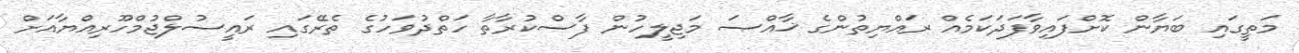
މަތީގައި ބަޔާން ކޮށްފައިވާފަދަކަމެއް ރައްޔިތުންގެ ޚާއްޞަ މަޖިލީހުން ފާސްކުރާތާ ހަތްދުވަހުގެ ތެރޭގައި ރައީސުލްޖުމްހޫރިއްޔާއަށް